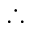
\therefore